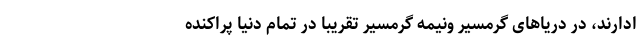
ادارند، در دریاهای گرمسیر ونیمه گرمسیر تقریباً در تمام دنیا پراکنده